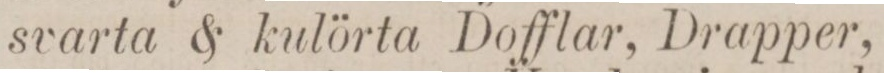
svarta & kulörta Dofflar, Drapper,